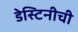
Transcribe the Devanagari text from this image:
डेस्टिनीची